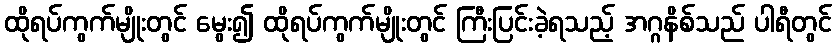
ထိုရပ်ကွက်မျိုးတွင် မွေး၍ ထိုရပ်ကွက်မျိုးတွင် ကြီးပြင်းခဲ့ရသည့် အဂ္ဂနိစ်သည် ပါရီတွင်